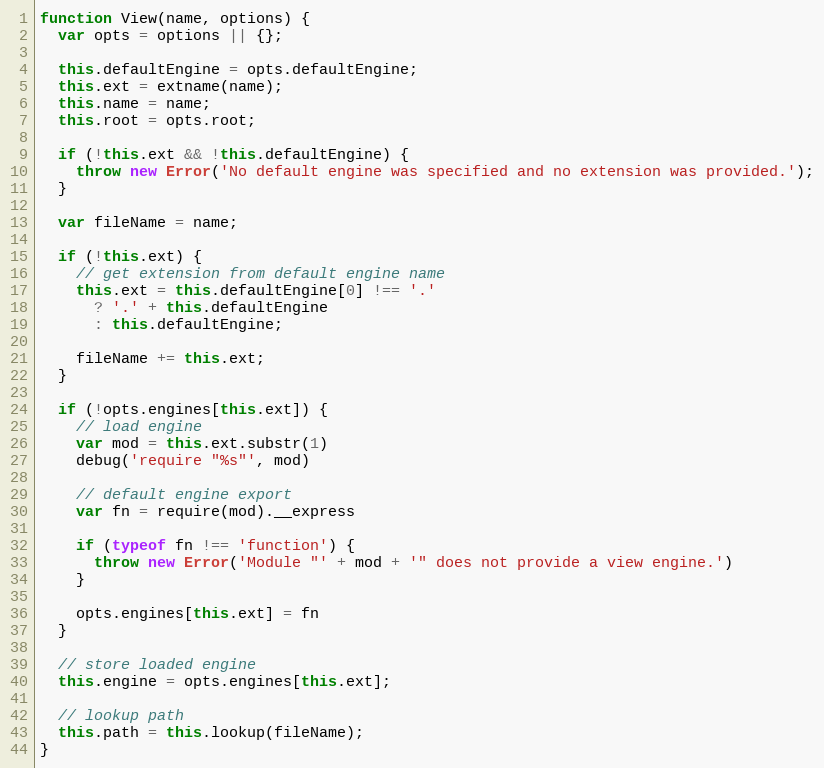
Language: JavaScript
function View(name, options) {
  var opts = options || {};

  this.defaultEngine = opts.defaultEngine;
  this.ext = extname(name);
  this.name = name;
  this.root = opts.root;

  if (!this.ext && !this.defaultEngine) {
    throw new Error('No default engine was specified and no extension was provided.');
  }

  var fileName = name;

  if (!this.ext) {
    // get extension from default engine name
    this.ext = this.defaultEngine[0] !== '.'
      ? '.' + this.defaultEngine
      : this.defaultEngine;

    fileName += this.ext;
  }

  if (!opts.engines[this.ext]) {
    // load engine
    var mod = this.ext.substr(1)
    debug('require "%s"', mod)

    // default engine export
    var fn = require(mod).__express

    if (typeof fn !== 'function') {
      throw new Error('Module "' + mod + '" does not provide a view engine.')
    }

    opts.engines[this.ext] = fn
  }

  // store loaded engine
  this.engine = opts.engines[this.ext];

  // lookup path
  this.path = this.lookup(fileName);
}